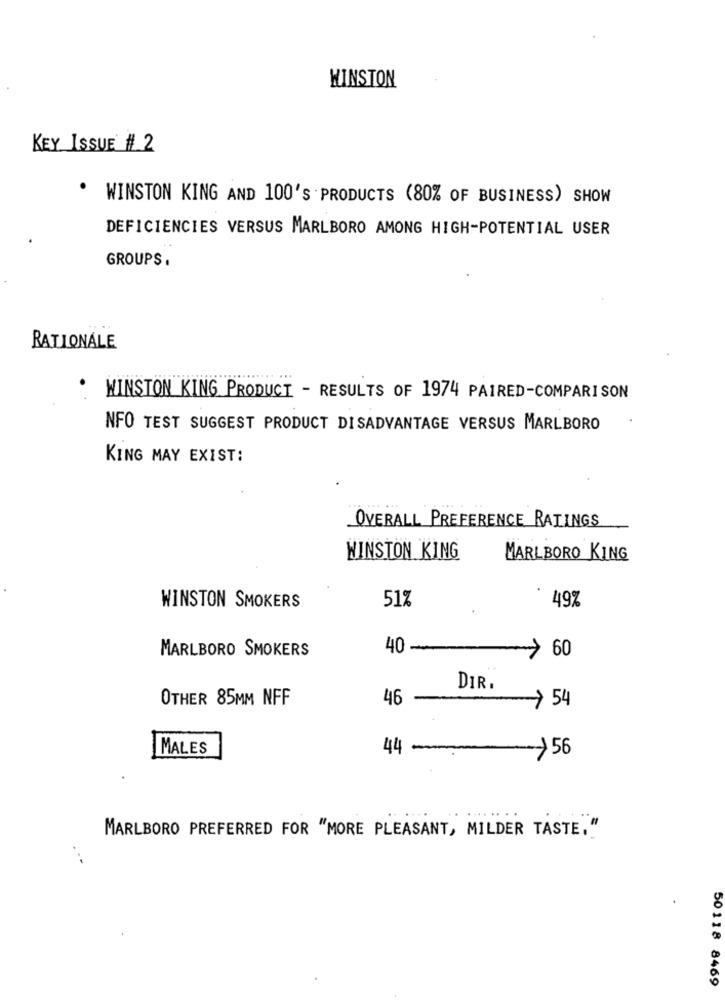
WINSTON
KEY ISSUE # 2
. WINSTON KING AND 100'S PRODUCTS (80% OF BUSINESS) SHOW
DEFICIENCIES VERSUS MARLBORO AMONG HIGH-POTENTIAL USER
GROUPS .
RATIONALE
WINSTON KING PRODUCT - RESULTS OF 1974 PAIRED-COMPARISON
NFO TEST SUGGEST PRODUCT DISADVANTAGE VERSUS MARLBORO
KING MAY EXIST:
OVERALL PREFERENCE RATINGS
WINSTON KING
MARLBORO KING
51%
WINSTON SMOKERS
49%
MARLBORO SMOKERS
40-
60
DIR.
OTHER 85MM NFF
46
>54
|MALES
44
-
>56
.. ..
MARLBORO PREFERRED FOR "MORE PLEASANT, MILDER TASTE."
50118 8469